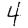
Digit: 4